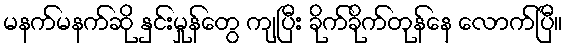
မနက်မနက်ဆို နှင်းမှုန်တွေ ကျပြီး ခိုက်ခိုက်တုန်နေ လောက်ပြီ။